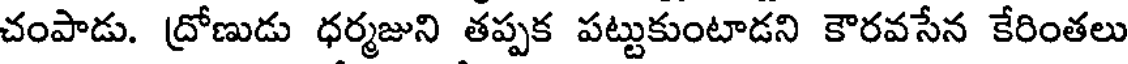
చంపాడు. ద్రోణుడు ధర్మజుని తప్పక పట్టుకుంటాడని కౌరవసేన కేరింతలు